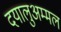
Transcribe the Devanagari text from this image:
दयालुअम्मल